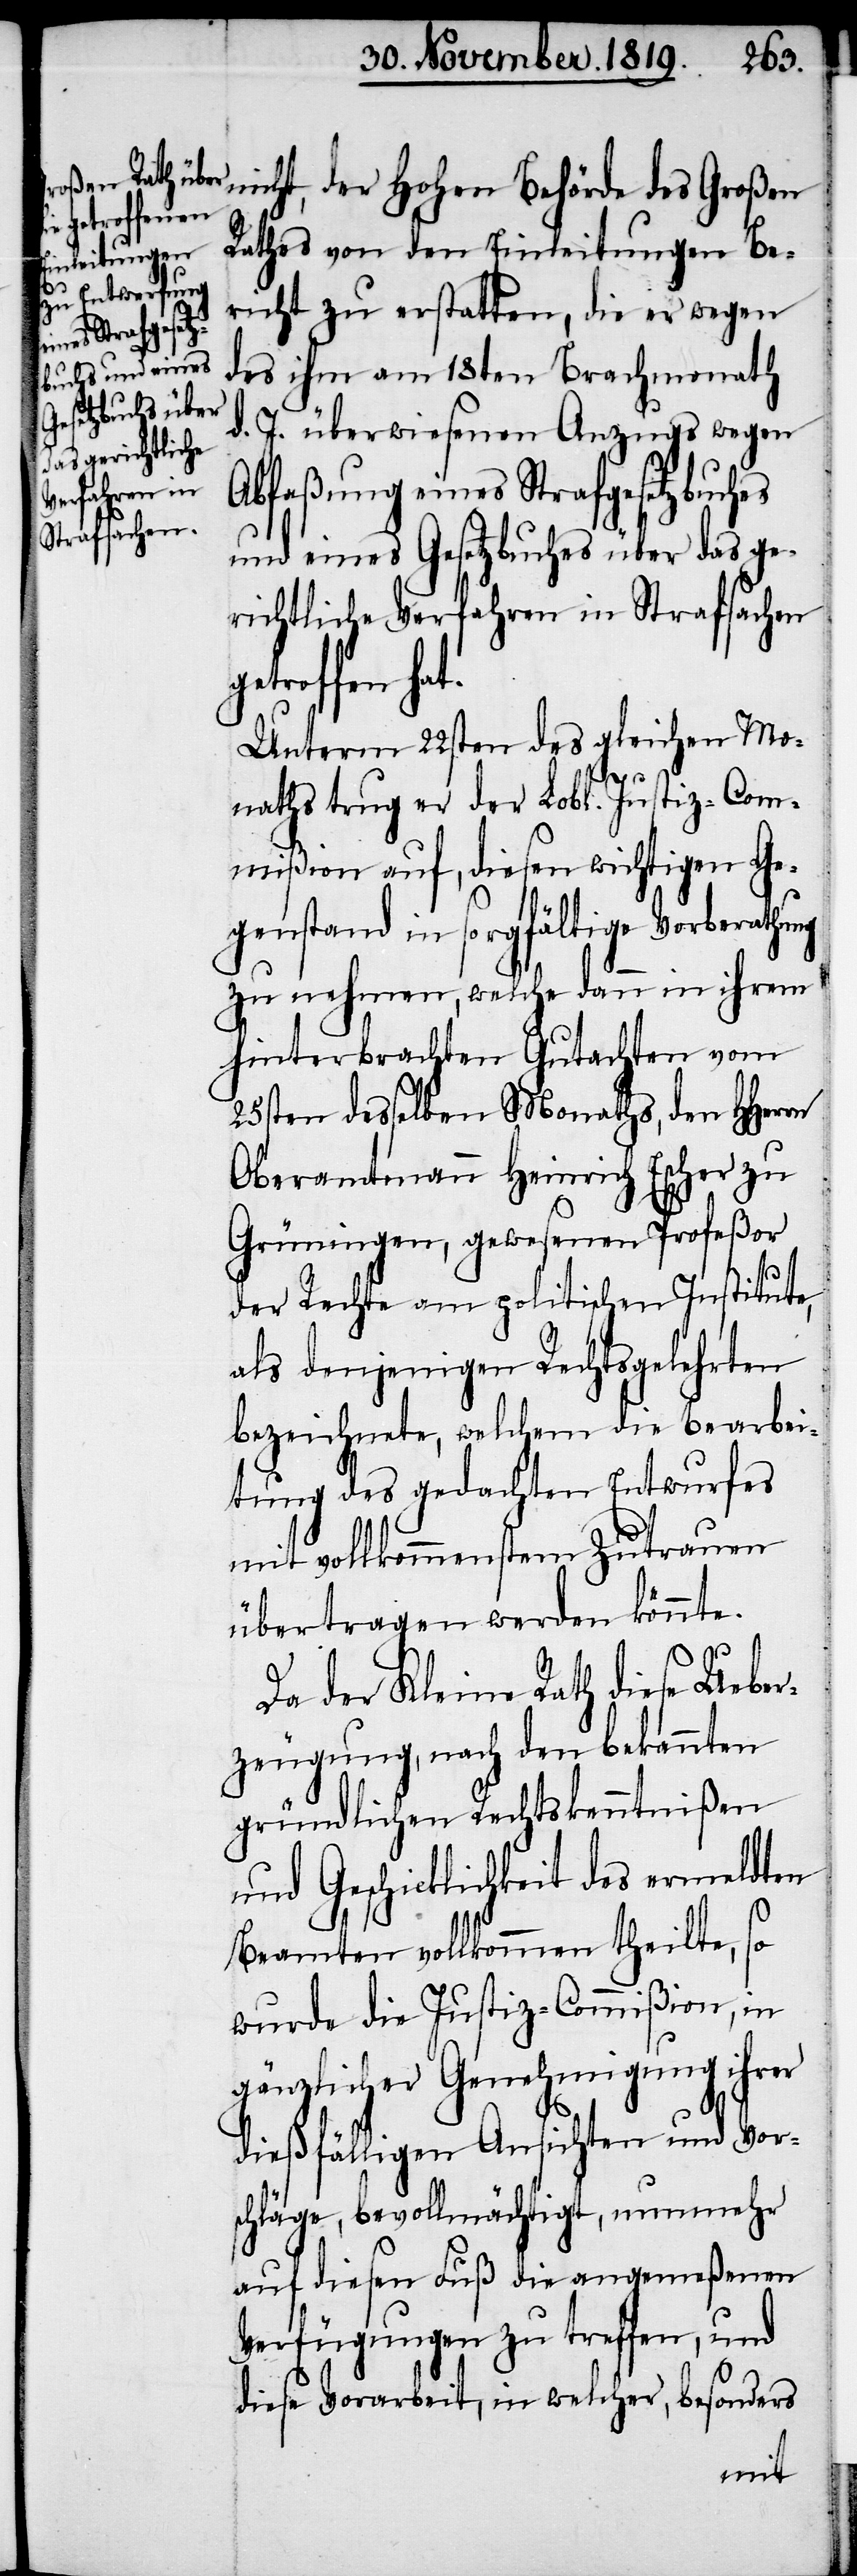
nicht, der hohen Behörde des Großen
Rathes von den Einleitungen Be¬
richt zu erstatten, die er wegen
des ihm am 18ten Brachmonath
d. J. überwiesenen Anzugs wegen
Abfaßung eines Strafgesetzbuches
und eines Gesetzbuches über das ge¬
richtliche Verfahren in Strafsachen
getoffen hat.
Unterm 22sten des gleichen Mo¬
naths trug er der Lobl. Justiz-Com¬
mißion auf, diesen wichtigen Ge¬
genstand in sorgfältige Vorberathung
zu nehmen, welche dann in ihrem
hinterbrachten Gutachten vom
25sten desselben Monaths, den HHerrn
Oberamtmann Heinrich Escher zu
Grüningen, gewesenen Profeßor
der Rechte am politischen Institute,
als denjenigen Rechtsgelehrten
bezeichnete, welchem die Bearbei¬
tung des gedachten Entwurfes
mit vollkommenstem Zutrauen
übertragen werden könnte.
Da der Kleine Rath diese Ueber¬
zeugung, nach den bekannten
gründlichen Rechtskenntnißen
und Geschicklichkeit des ermeldten
Beamten vollkommen theilte, so
wurde die Justiz-Commißion, in
gänzlicher Genehmigung ihrer
dießfälligen Ansichten und Vor¬
schläge, bevollmächtigt, nunmehr
auf diesen Fuß die angemeßenen
Verfügungen zu treffen, und
diese Vorarbeit, in welcher, besonders